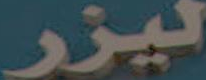
ليزر